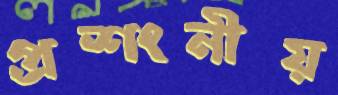
প্রশংনীয়